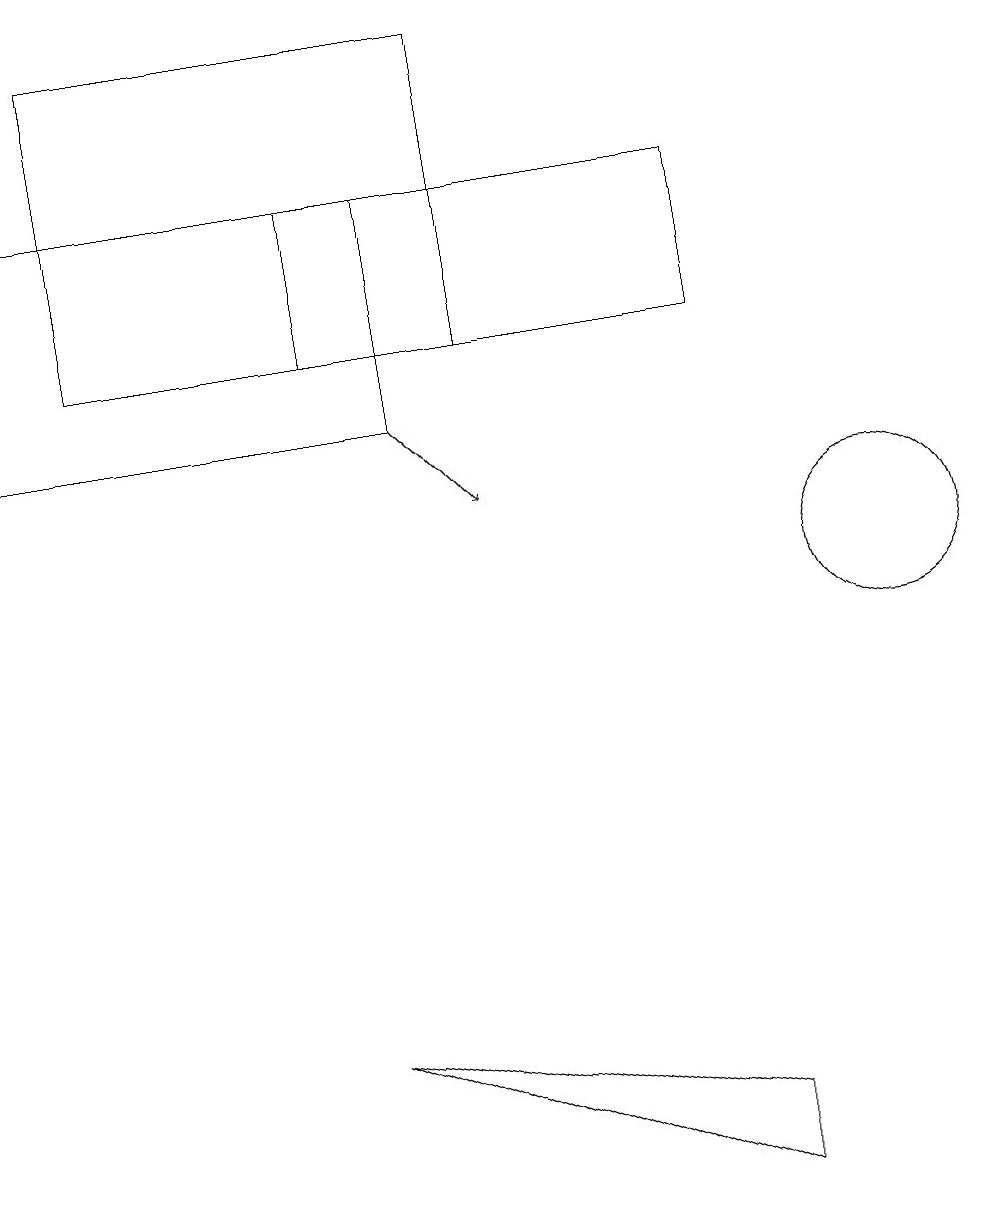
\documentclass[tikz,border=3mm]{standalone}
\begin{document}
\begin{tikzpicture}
\draw (1,14) rectangle (6,18);
\draw[->] (5,13) -- (6,12);
\draw (0,16) rectangle (5,13);
\draw (11,11) circle (1);
\draw (4,5) -- (9,3) -- (9,4) -- cycle;
\draw (4,14) rectangle (9,16);
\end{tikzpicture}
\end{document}